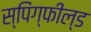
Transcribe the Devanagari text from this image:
स्पिंग्फील्ड